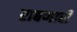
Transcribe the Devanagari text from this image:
राबणारी